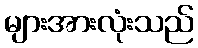
များအားလုံးသည်